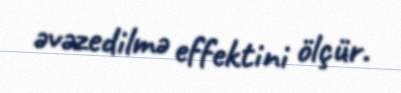
əvəzedilmə effektini ölçür.